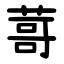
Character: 䔅